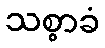
သစ္စာခံ